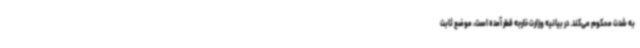
به‌ شدت محکوم می‌کند. در بیانیه وزارت خارجه قطر آمده است، موضع ثابت